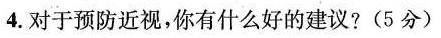
4.对于预防近视，你有什么好的建议?(5分)